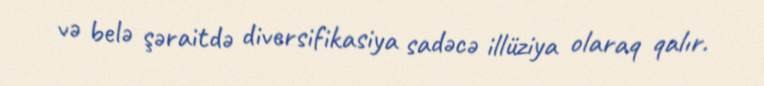
və belə şəraitdə diversifikasiya sadəcə illüziya olaraq qalır.